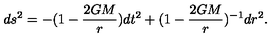
d s ^ { 2 } = - ( 1 - \frac { 2 G M } { r } ) d t ^ { 2 } + ( 1 - \frac { 2 G M } { r } ) ^ { - 1 } d r ^ { 2 } .